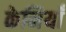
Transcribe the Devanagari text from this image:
केनियाँ